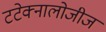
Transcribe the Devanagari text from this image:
टटेक्नालोजीज